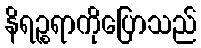
နိရဉ္စရာကိုပြောသည်